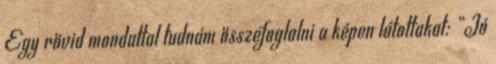
Egy rövid mondattal tudnám összefoglalni a képen látottakat: “Jó